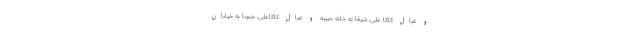
و عیال کاکا علی، شرقا به خانه حبیبه و عیال کاکاعلی، جنوبا به خیابان